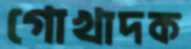
গোখাদক